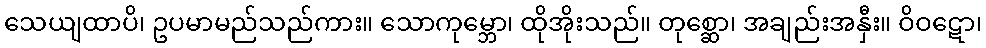
သေယျထာပိ၊ ဥပမာမည်သည်ကား။ သောကုမ္ဘော၊ ထိုအိုးသည်။ တုစ္ဆော၊ အချည်းအနှီး။ ဝိဝဋော၊